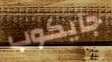
جايكوب